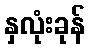
နှလုံးခုန်